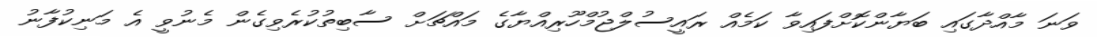
ވަނަ މާއްދާގައި ބަޔާންކޮށްފައިވާ ކަމެއް ރައީސުލްޖުމްހޫރިއްޔާގެ މައްޗަށް ސާބިތުކުރެވިގެން މެނުވީ އެ މަނިކުފާނު